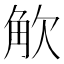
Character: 𮗦